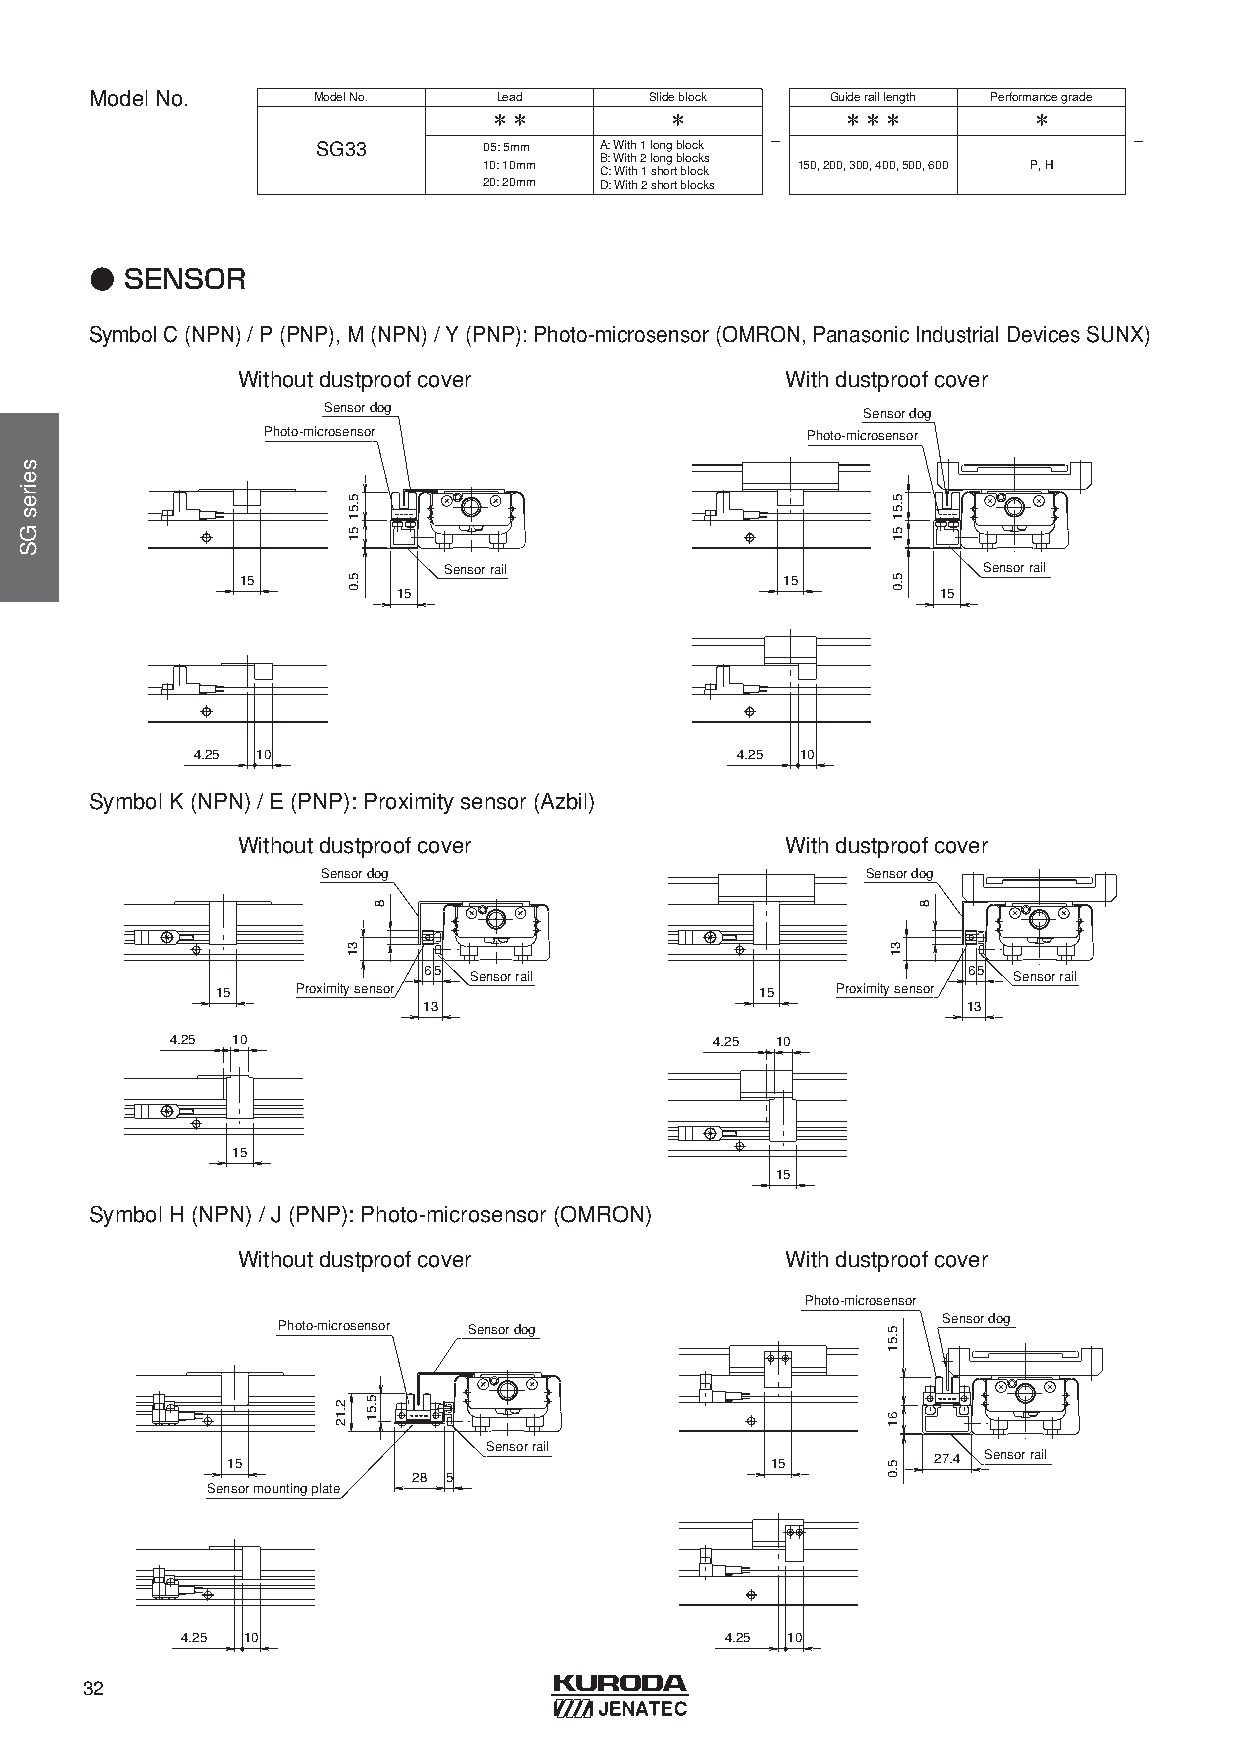
ModelNo.       ModelNo.    Lead      Slideblock  Guideraillength Performancegrade
 ＊＊          ＊           ＊＊＊         ＊
 -                       -
 SG33       05: 5mm0 A: With1 longblock
 B: With2 longblocks
 10: 10mm             150, 200, 300, 400, 500, 600 P, H
 C: With1 shortblock
 20: 20mm D: With2 shortblocks
 ● SENSOR
 SymbolC(NPN) / P(PNP), M(NPN) / Y(PNP): Photo-microsensor(OMRON, Panasonic Industrial Devices SUNX)
 Withoutdustproofcover               Withdustproofcover
 Sensor dog                          Sensor dog
 Photo-microsensor                   Photo-microsensor
 Sensor rail                         Sensor rail
 15                                  15
 15                                  15
 4.25 10                             4.25 10
 SymbolK(NPN) / E(PNP): Proximitysensor(Azbil)
 Withoutdustproofcover               Withdustproofcover
 Sensor dog                          Sensor dog
 65                                  65
 Sensor rail                         Sensor rail
 15    Proximity sensor              15   Proximity sensor
 13                                  13
 4.25 10                             4.25 10
 15
 15
 SymbolH(NPN) / J(PNP): Photo-microsensor(OMRON)
 Withoutdustproofcover               Withdustproofcover
 Photo-microsensor
 Sensor dog
 Photo-microsensor Sensor dog
 Sensor rail
 15                                  15         27.4 Sensor rail
 28 5
 Sensor mounting plate
 4.25 10                             4.25 10
 32
 seiresGS
 2.12
 5.51
 51
 5.0
 31
 5.51
 8
 5.51
 51
 5.0
 31
 5.51
 61
 5.0
 8